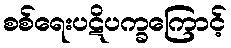
စစ်ရေးပဋိပက္ခကြောင့်